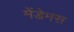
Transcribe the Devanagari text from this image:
मेंडेमस